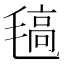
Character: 𣯖